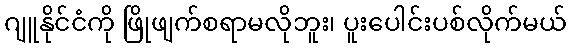
ဂျူနိုင်ငံကို ဖြိုဖျက်စရာမလိုဘူး၊ ပူးပေါင်းပစ်လိုက်မယ်